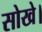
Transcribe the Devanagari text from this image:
सोखे।